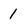
Character: 1